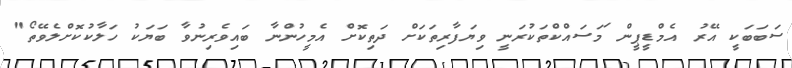
ސަބަބަކީ އޭރު އެމްޑީޕީން ަމަސައްކްތަކުރަނީ ވިޔަފާރިތަކަށް ދަތިކޮށް އެމީހުންނާ ބައިވެރިނުވާ ބަޔަކު ހަލާކުކޮށްލެވޭތޯ"